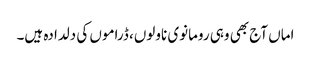
اماں آج بھی وہی رومانوی ناولوں، ڈراموں کی دلدادہ ہیں۔